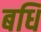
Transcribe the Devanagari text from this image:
बधि